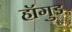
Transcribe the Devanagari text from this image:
हॉगुड